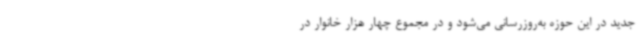
جدید در این حوزه به‌روزرسانی می‌شود و در مجموع چهار هزار خانوار در